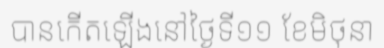
បានកើតឡើងនៅថ្ងៃទី១១ ខែមិថុនា